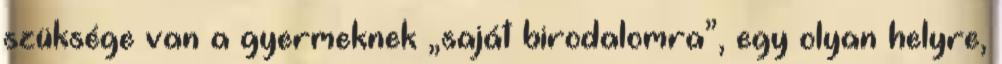
szüksége van a gyermeknek „saját birodalomra”, egy olyan helyre,